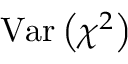
\mathrm { V a r } \left( \chi ^ { 2 } \right)